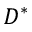
D ^ { * }